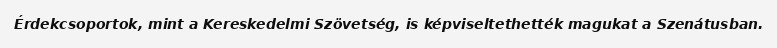
Érdekcsoportok, mint a Kereskedelmi Szövetség, is képviseltethették magukat a Szenátusban.